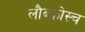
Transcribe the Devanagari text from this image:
लौब्फ्रोस्च